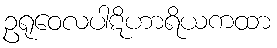
ဥရုဝေလပါဋိဟာရိယကထာ